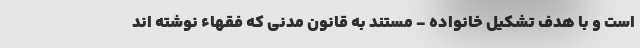
است و با هدف تشکیل خانواده - مستند به قانون مدنی که فقهاء نوشته اند